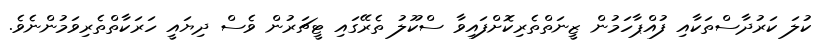
ކުލަ ކަރުދާސްތަކާއި ފުއްޕާހަމުން ޒީނަތްތެރިކޮށްފައިވާ ސްކޫލު ތެރޭގައި ޓީޗަރުން ވެސް ދިޔައީ ހަރަކާތްތެރިވަމުންނެވެ.